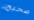
صحيح